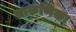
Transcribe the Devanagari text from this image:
तारुणिका